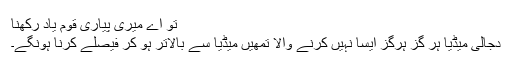
تو اے میری پیاری قوم یاد رکھنا
دجالی میڈیا ہر گز ہرگز ایسا نہیں کرنے والا تمھیں میڈیا سے بالاتر ہو کر فیصلے کرنا ہونگے۔